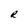
Character: R